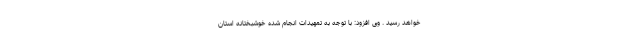
خواهد رسید . وی افزود: با توجه به تمهیدات انجام شده خوشبختانه استان